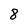
Character: 8